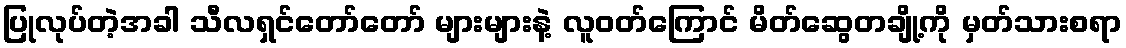
ပြုလုပ်တဲ့အခါ သီလရှင်တော်တော် များများနဲ့ လူဝတ်ကြောင် မိတ်ဆွေတချို့ကို မှတ်သားစရာ